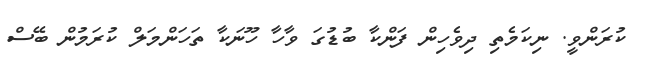
ކުރަންވީ. ނިކަމެތި ދިވެހިން ފަންކާ ބުޑުގަ ވާހާ ހޫނަކާ ތަހަންމަލް ކުރަމުން ބޭސް